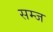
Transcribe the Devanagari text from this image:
सम्ज